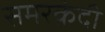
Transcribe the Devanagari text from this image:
समरक़ंदी